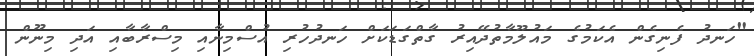
"ހަނދު ފެނިގެން އެކަމުގެ މައުލޫމާތުދޭއިރު ގާތްގަޑަކަށް ހަނދުހުރި އުސްމިނާއި މިސްރާބާއި އަދި މިނޫން